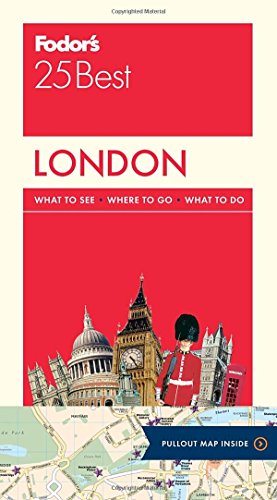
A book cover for Fodor's London 25 Best (Full-color Travel Guide); Fodor's; Travel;